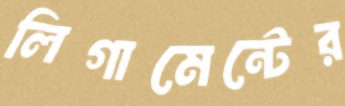
লিগামেন্টের